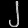
Digit: ၂